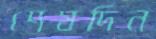
শেষদিন